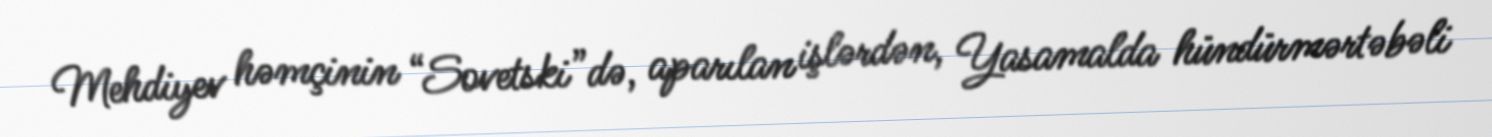
Mehdiyev həmçinin “Sovetski”də, aparılan işlərdən, Yasamalda hündürmərtəbəli